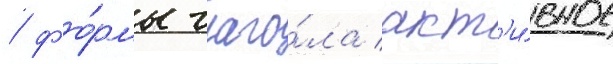
/ фо́рмы глаго́ла акт'и́вное